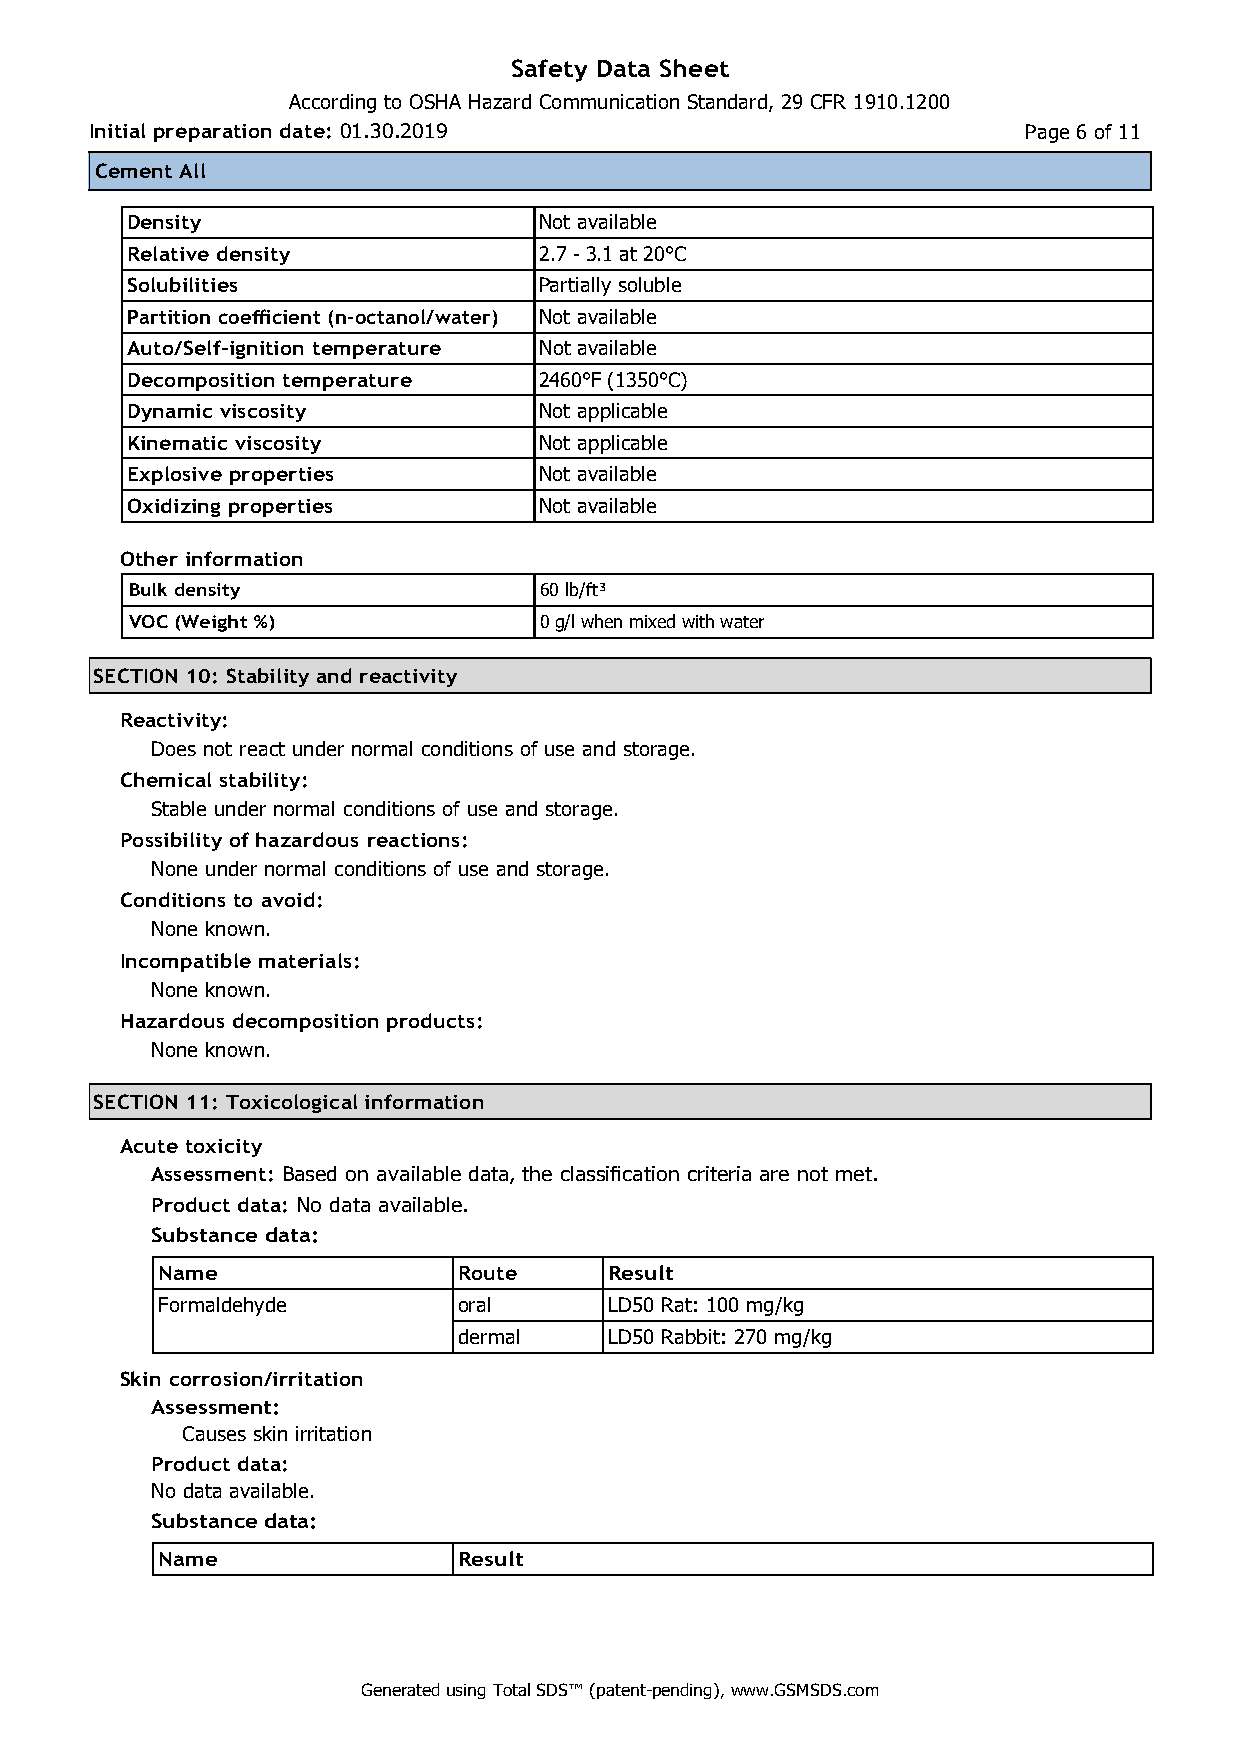
Safety Data Sheet
 According to OSHA Hazard Communication Standard, 29 CFR 1910.1200
 Initial preparation date: 01.30.2019                          Page 6 of 11
 Cement All
 Density                     Not available
 Relative density            2.7 - 3.1 at 20°C
 Solubilities                Partially soluble
 Partition coefficient (n-octanol/water) Not available
 Auto/Self-ignition temperature Not available
 Decomposition temperature   2460°F (1350°C)
 Dynamic viscosity           Not applicable
 Kinematic viscosity         Not applicable
 Explosive properties        Not available
 Oxidizing properties        Not available
 Other information
 Bulk density               60 lb/ft³
 VOC (Weight %)             0 g/l when mixed with water
 SECTION 10: Stability and reactivity
 Reactivity:
 Does not react under normal conditions of use and storage.
 Chemical stability:
 Stable under normal conditions of use and storage.
 Possibility of hazardous reactions:
 None under normal conditions of use and storage.
 Conditions to avoid:
 None known.
 Incompatible materials:
 None known.
 Hazardous decomposition products:
 None known.
 SECTION 11: Toxicological information
 Acute toxicity
 Assessment: Based on available data, the classification criteria are not met.
 Product data: No data available.
 Substance data:
 Name                Route     Result
 Formaldehyde        oral      LD50 Rat: 100 mg/kg
 dermal    LD50 Rabbit: 270 mg/kg
 Skin corrosion/irritation
 Assessment:
 Causes skin irritation
 Product data:
 No data available.
 Substance data:
 Name                Result
 Generated using Total SDS™ (patent-pending), www.GSMSDS.com